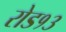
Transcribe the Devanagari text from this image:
रोड१३